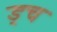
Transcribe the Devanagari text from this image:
ड्च